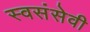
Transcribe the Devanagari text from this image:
स्वसंसेवी